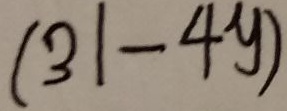
( 3 1 - 4 y )